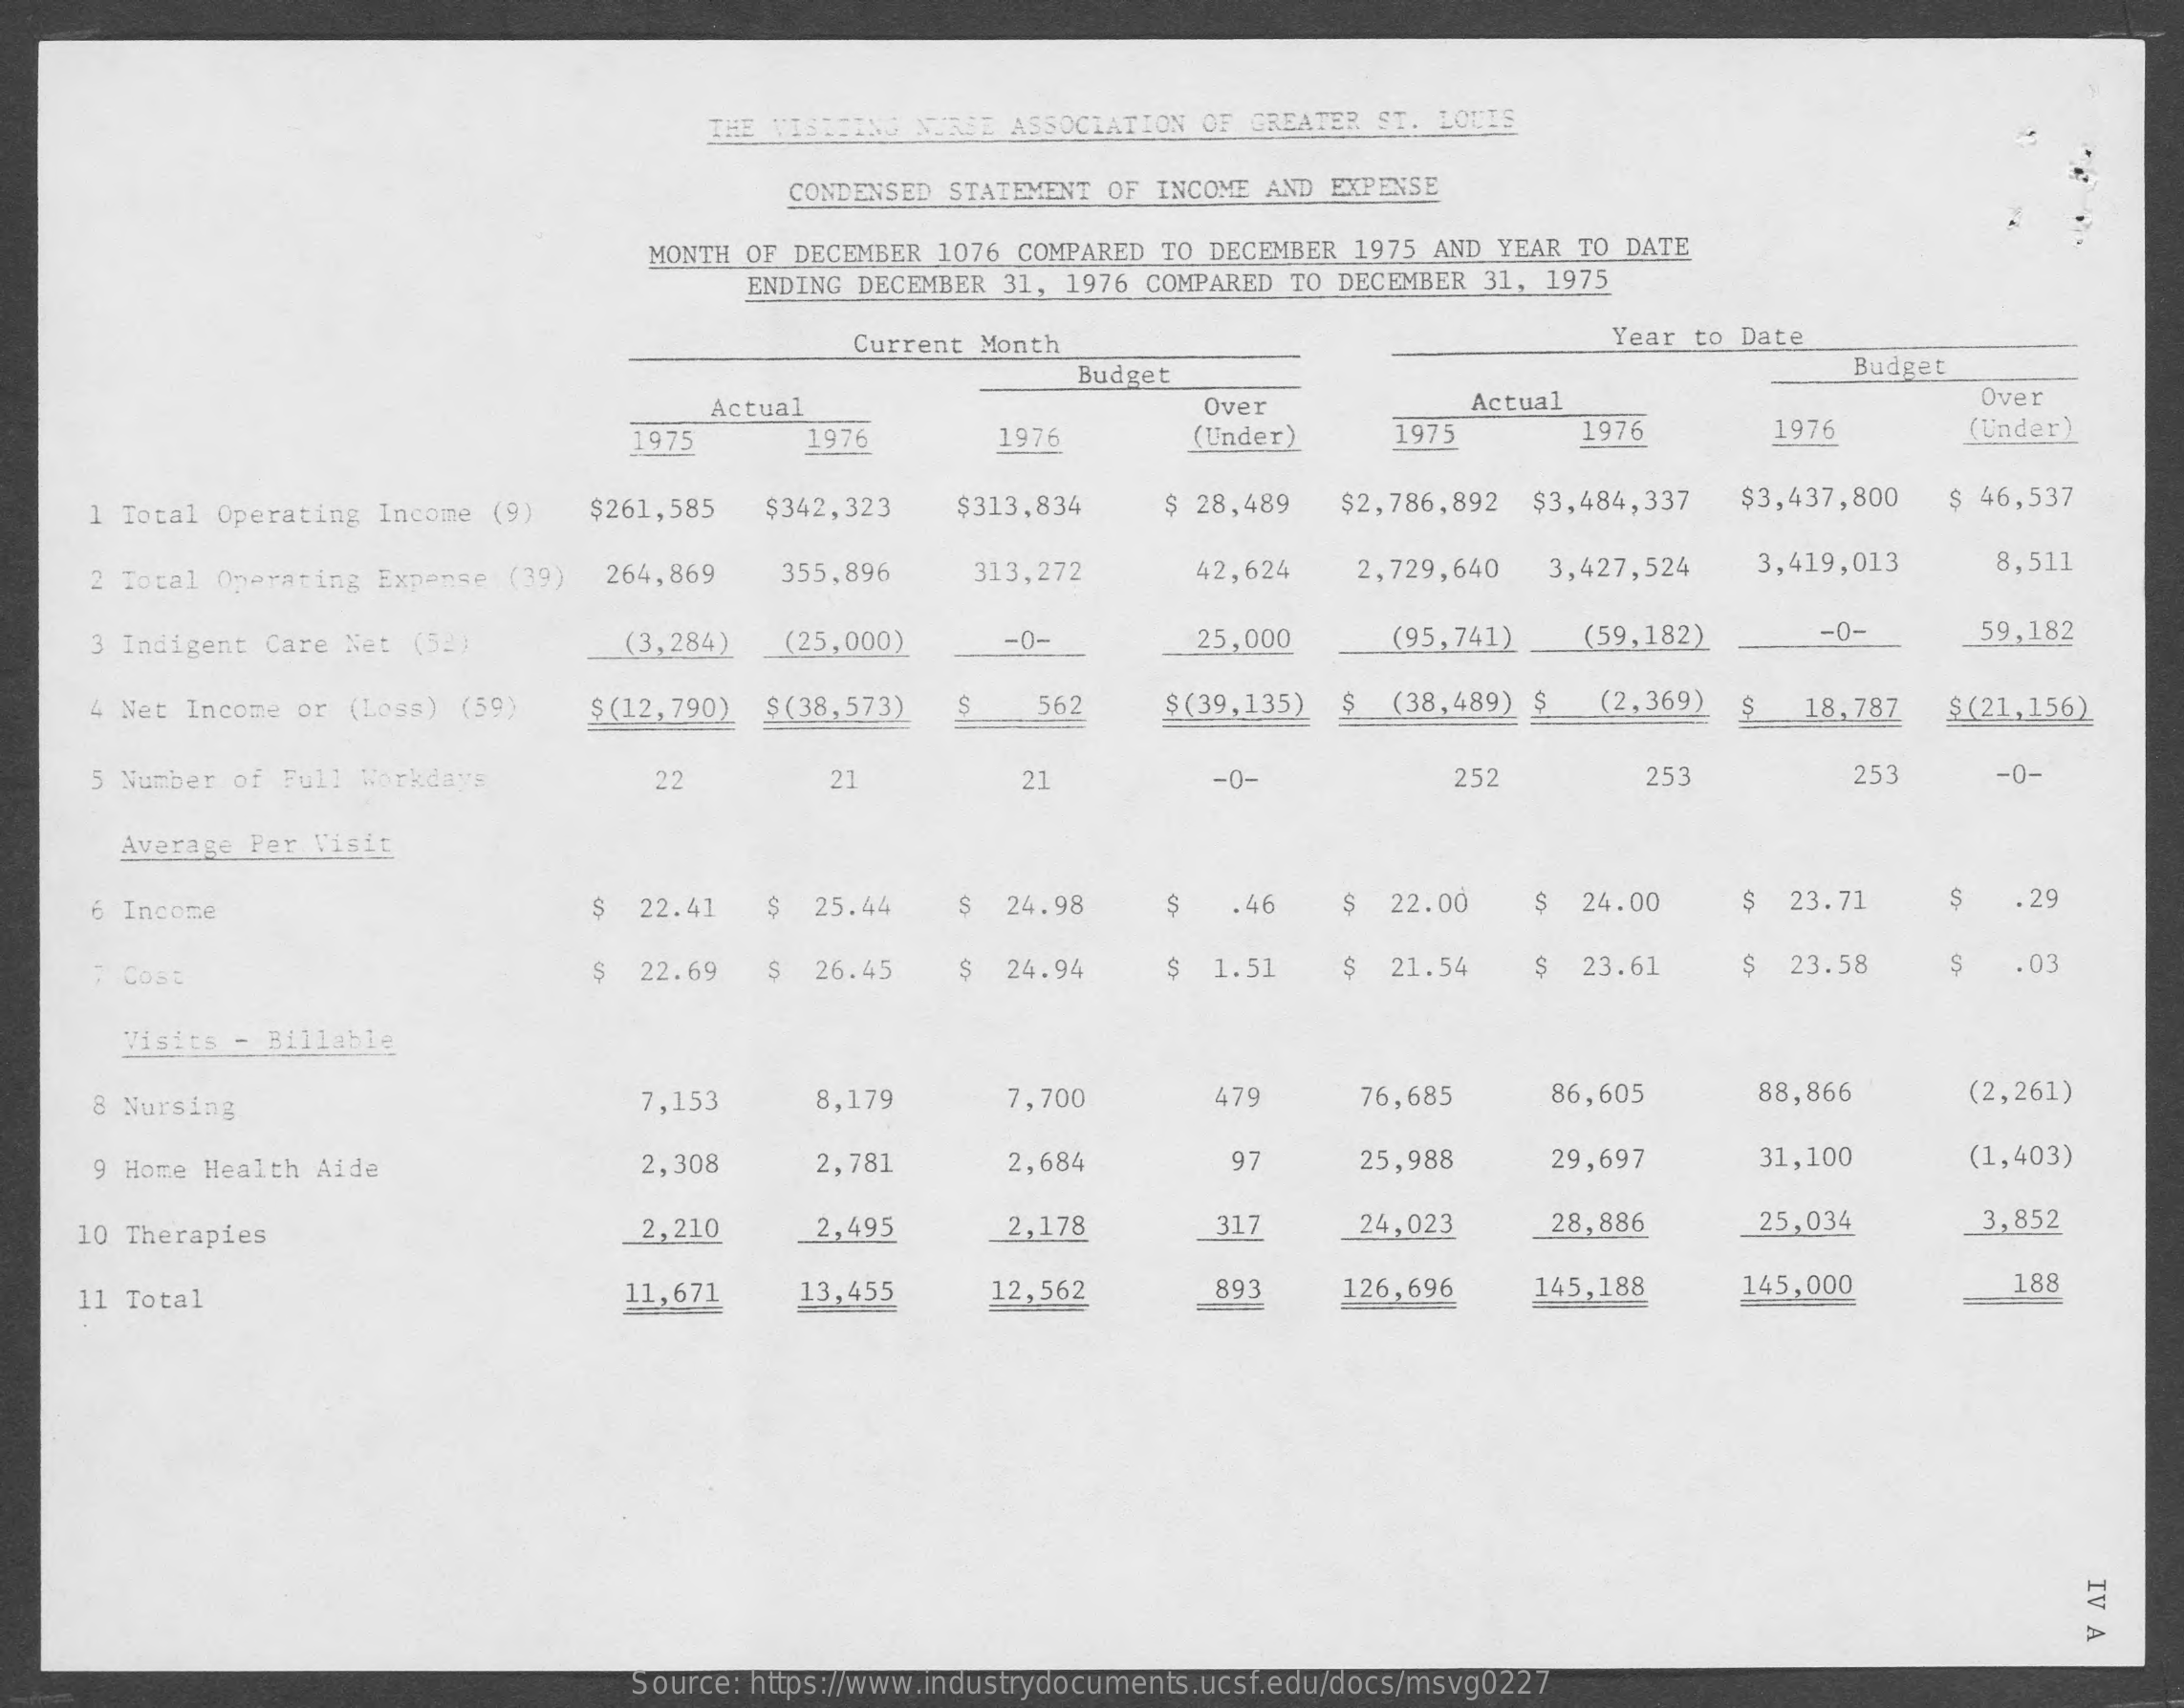
THE VISITING NURSE ASSOCIATION OF GREATER ST. LOUIS
     CONDENSED STATEMENT OF INCOME AND EXPENSE
     MONTH OF DECEMBER 1076 COMPARED TO DECEMBER 1975 AND YEAR TO DATE
     ENDING DECEMBER 31, 1976 COMPARED TO DECEMBER 31, 1975
     Current Month    Year to Date
     Budget    Budget
     Actual    Over    Actual    Over
     1975    1976    1976    (Under)  1975    1976    1976    (Under)
    1 Total Operating Income (9) $261,585 $342,323 $313,834 $ 28,489 $2,786,892 $3,484,337 $3,437,800 $ 46,537
     2 Total Operating Expanse (39) 264,869 355,896 313,272 42,624 2,729,640 3,427,524 3,419,013 8,511
     3 Indigent Care Net (52) (3,284) (25,000) -0-    25,000   (95,741) (59,182)   -0-    59,182
     4 Net Income or (Loss) (59) $ (12,790) $ (38,573) S 562 $ (39,135) $ (38,489) $ (2,369) $ 18,787 $ (21,156)
     5 Number of Full Workdays 22    21    21    -0-    252    253    253    -0-
     Average Per Visit
     6 Income    S 22.41   25.44  S 24.98  S   46  S  22.00 S 24.00   S 23.71  S   29
     7 Cost    S 22.69   26.45    24.94  S 1.51  S  21.54 $  23.61  $ 23.58    . 03
     Visits - Billable
     8 Nursing    7,153   8,179    7,700    479   76,685   86,605    88,866   (2,261)
     9 Home Health Aide    2,308   2,781    2,684    97    25,988   29,697    31,100   (1,403)
    10 Therapies    2,210   2,495    2,178    317   24,023   28,886    25,034    3,852
    11 Total    11,671  13,455   12,562    893   126,696  145,188   145,000    188
     IV
     A
     Source: https://www.industrydocuments.ucsf.edu/docs/msvg0227